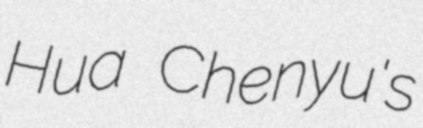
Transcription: Hua Chenyu's